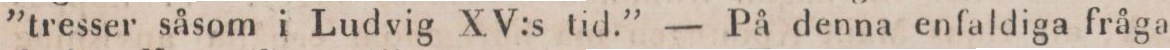
”tresser såsom i Ludvig XV:s tid.” — På denna enfaldiga fråga